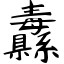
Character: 纛